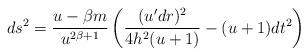
LaTeX: \begin{align*}ds^2 = \frac{u - \beta m}{u^{2 \beta + 1}} \left(\frac{(u^\prime dr)^2}{4 h^2 (u+1)} - (u+1) dt^2 \right)\end{align*}